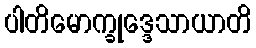
ပါတိမောက္ခုဒ္ဒေသာယာတိ